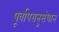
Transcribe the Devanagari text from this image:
पूर्वापरानुसंधान